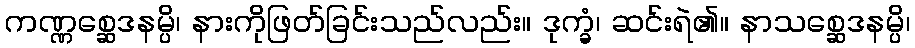
ကဏ္ဏစ္ဆေဒနမ္ပိ၊ နားကိုဖြတ်ခြင်းသည်လည်း။ ဒုက္ခံ၊ ဆင်းရဲ၏။ နာသစ္ဆေဒနမ္ပိ၊